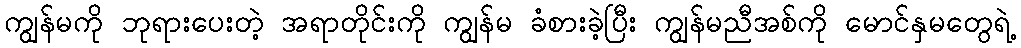
ကျွန်မကို ဘုရားပေးတဲ့ အရာတိုင်းကို ကျွန်မ ခံစားခဲ့ပြီး ကျွန်မညီအစ်ကို မောင်နှမတွေရဲ့